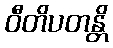
ဝီတိပတန္တိ